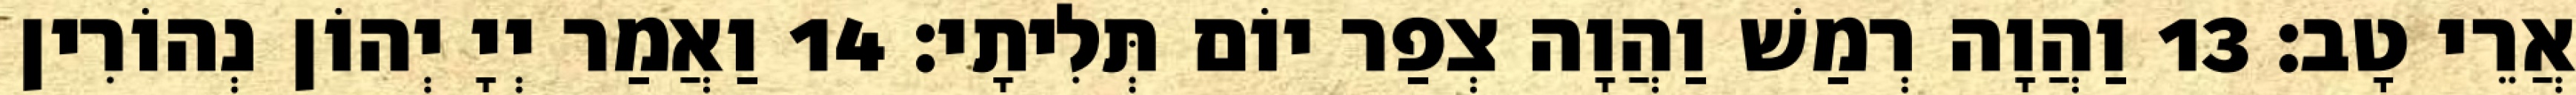
אֲרֵי טָב׃ 13 וַהֲוָה רְמַשׁ וַהֲוָה צְפַר יוֹם תְּלִיתָי׃ 14 וַאֲמַר יְיָ יְהוֹן נְהוֹרִין